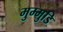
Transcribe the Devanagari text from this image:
मुम्मुडि